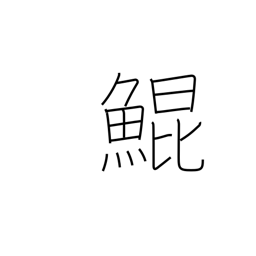
Meaning: large mythical fish